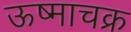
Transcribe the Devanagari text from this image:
ऊष्माचक्र